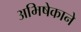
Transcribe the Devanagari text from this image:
अभिषेकाने